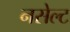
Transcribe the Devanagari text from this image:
नसेल्ट